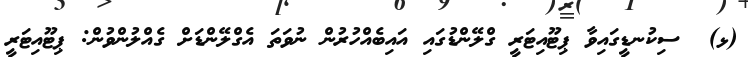
(ޅ)  ސިކުނޑީގައިވާ ޕިޓޫއިޓަރީ ގްލޭންޑުގައި އައިބެއްހުރުން ނުވަތަ އެގްލޭންޑަށް ގެއްލުންވުން: ޕިޓޫއިޓަރީ